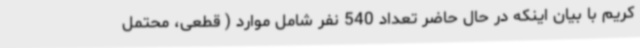
کریم با بیان اینکه در حال حاضر تعداد 540 نفر شامل موارد ( قطعی، محتمل